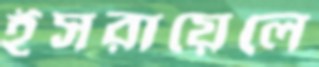
ইসরায়েলে